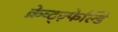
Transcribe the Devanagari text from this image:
क्रेव्ट्ज़्फेल्डि